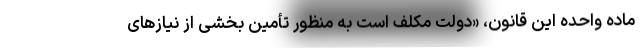
ماده واحده این قانون، «دولت مکلف است به منظور تأمین بخشی از نیازهای